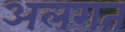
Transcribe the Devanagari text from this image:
अलगत